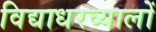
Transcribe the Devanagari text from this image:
विद्याधरव्यालों